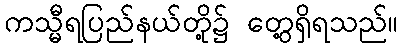
ကသ္မီရပြည်နယ်တို့၌ တွေ့ရှိရသည်။